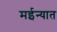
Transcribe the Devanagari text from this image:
मईन्यात